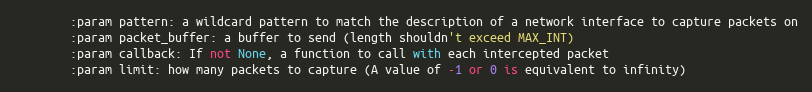
Language: Python
        :param pattern: a wildcard pattern to match the description of a network interface to capture packets on
        :param packet_buffer: a buffer to send (length shouldn't exceed MAX_INT)
        :param callback: If not None, a function to call with each intercepted packet
        :param limit: how many packets to capture (A value of -1 or 0 is equivalent to infinity)